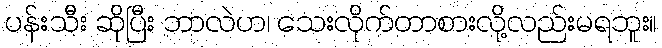
ပန်းသီး ဆိုပြီး ဘာလဲဟ၊ သေးလိုက်တာစားလို့လည်းမရဘူး။